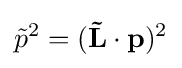
{\tilde {p}}^{2}=(\mathbf {\tilde {L}} \cdot \mathbf {p} )^{2}